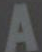
A